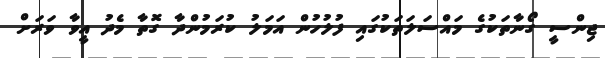
ޖިންސީ ގޯނާތަކުގެ މައްސަލަތަކުގައި ފުލުހުން އަމަލު ކުރަމުންދާ ގޮތާ މެދު އީވާ ވަރަށް